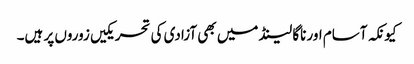
کیونکہ آسام اور ناگا لینڈ میں بھی آزادی کی تحریکیں زوروں پر ہیں۔